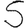
Digit: 5